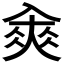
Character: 𠓵